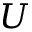
U